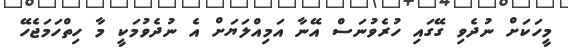
މީހަކަށް ނުދެވި ގޭގައި ހުރެވުނަސް އޭނާ އަމިއްލަޔަށް އެ ނުދެވުމަކީ މާ ހިތްހަމަޖެހޭ